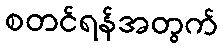
စတင်ရန်အတွက်